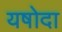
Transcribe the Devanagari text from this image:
यषोदा